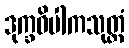
ဒုက္ခဝိပါကသုတ္တံ